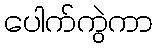
ပေါက်ကွဲကာ